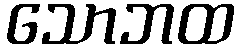
သောဘထ